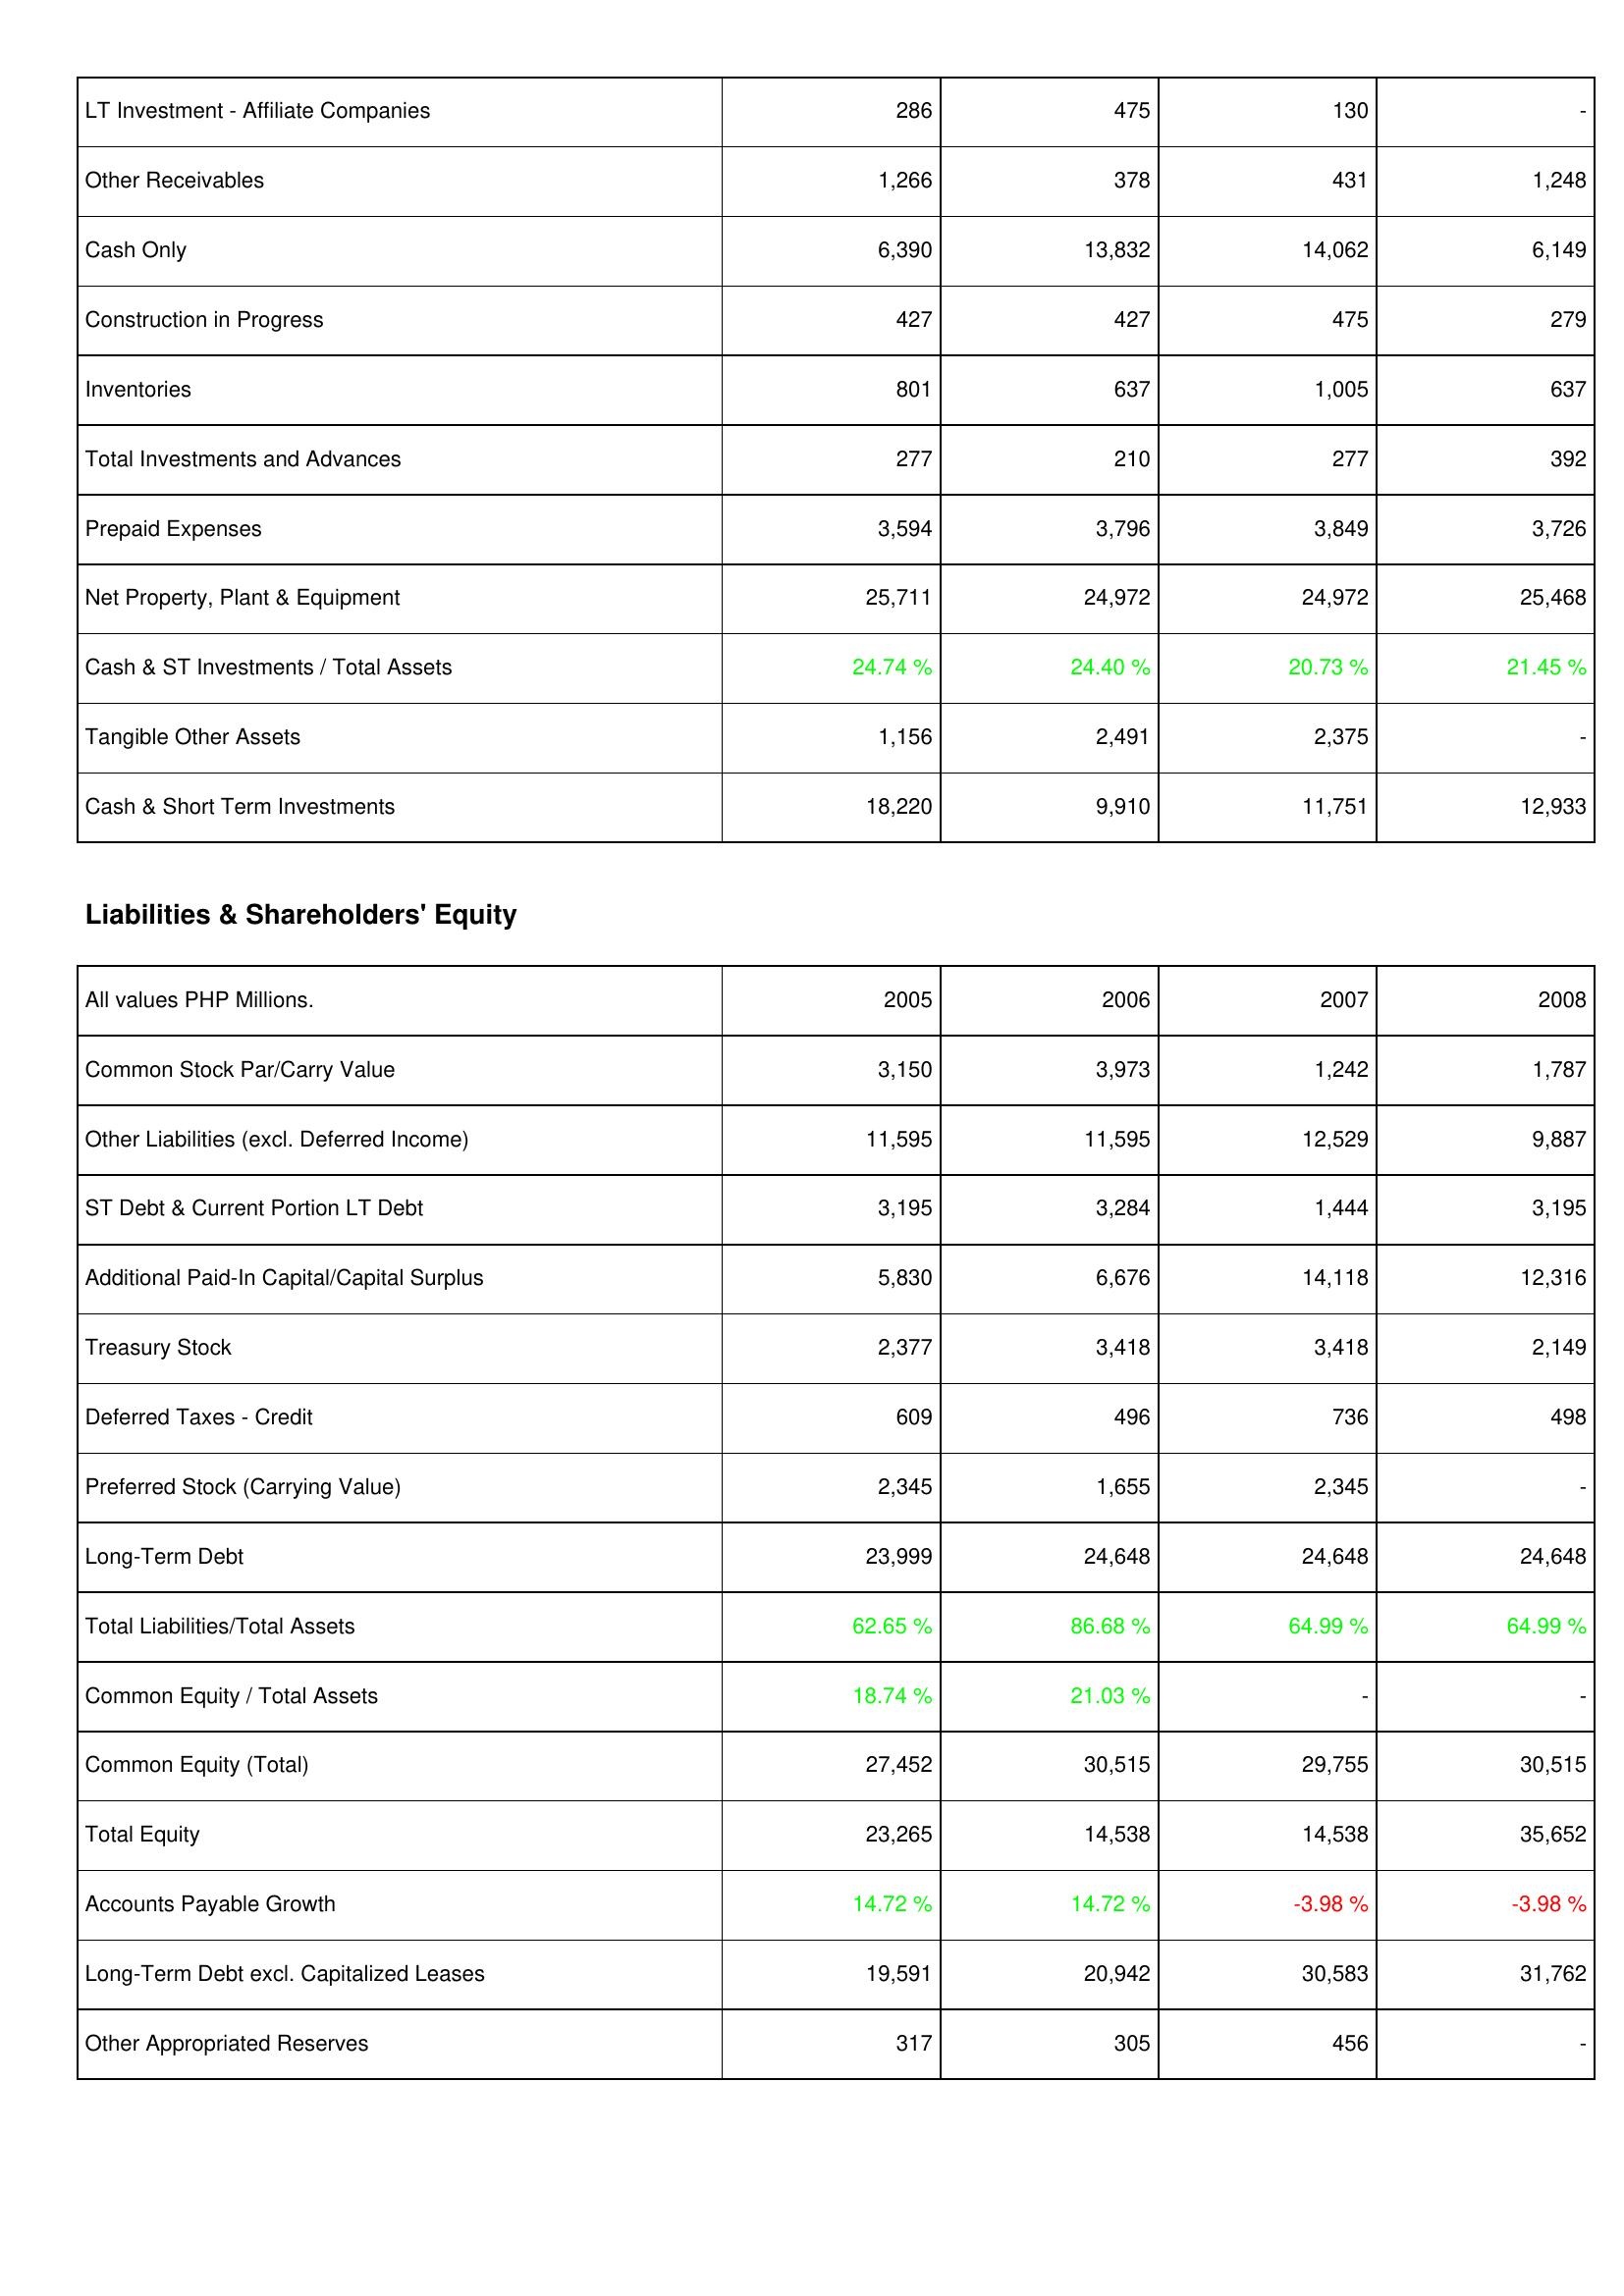
2005: Assets: LT Investment - Affiliate Companies: 286
Other Receivables: 1,266
Cash Only: 6,390
Construction in Progress: 427
Inventories: 801
Total Investments and Advances: 277
Prepaid Expenses: 3,594
Net Property, Plant & Equipment: 25,711
Cash & ST Investments / Total Assets: 24.74 %
Tangible Other Assets: 1,156
Cash & Short Term Investments: 18,220
Liabilities & Shareholders' Equity: Common Stock Par/Carry Value: 3,150
Other Liabilities (excl. Deferred Income): 11,595
ST Debt & Current Portion LT Debt: 3,195
Additional Paid-In Capital/Capital Surplus: 5,830
Treasury Stock: 2,377
Deferred Taxes - Credit: 609
Preferred Stock (Carrying Value): 2,345
Long-Term Debt: 23,999
Total Liabilities/Total Assets: 62.65 %
Common Equity / Total Assets: 18.74 %
Common Equity (Total): 27,452
Total Equity: 23,265
Accounts Payable Growth: 14.72 %
Long-Term Debt excl. Capitalized Leases: 19,591
Other Appropriated Reserves: 317
2006: Assets: LT Investment - Affiliate Companies: 475
Other Receivables: 378
Cash Only: 13,832
Construction in Progress: 427
Inventories: 637
Total Investments and Advances: 210
Prepaid Expenses: 3,796
Net Property, Plant & Equipment: 24,972
Cash & ST Investments / Total Assets: 24.40 %
Tangible Other Assets: 2,491
Cash & Short Term Investments: 9,910
Liabilities & Shareholders' Equity: Common Stock Par/Carry Value: 3,973
Other Liabilities (excl. Deferred Income): 11,595
ST Debt & Current Portion LT Debt: 3,284
Additional Paid-In Capital/Capital Surplus: 6,676
Treasury Stock: 3,418
Deferred Taxes - Credit: 496
Preferred Stock (Carrying Value): 1,655
Long-Term Debt: 24,648
Total Liabilities/Total Assets: 86.68 %
Common Equity / Total Assets: 21.03 %
Common Equity (Total): 30,515
Total Equity: 14,538
Accounts Payable Growth: 14.72 %
Long-Term Debt excl. Capitalized Leases: 20,942
Other Appropriated Reserves: 305
2007: Assets: LT Investment - Affiliate Companies: 130
Other Receivables: 431
Cash Only: 14,062
Construction in Progress: 475
Inventories: 1,005
Total Investments and Advances: 277
Prepaid Expenses: 3,849
Net Property, Plant & Equipment: 24,972
Cash & ST Investments / Total Assets: 20.73 %
Tangible Other Assets: 2,375
Cash & Short Term Investments: 11,751
Liabilities & Shareholders' Equity: Common Stock Par/Carry Value: 1,242
Other Liabilities (excl. Deferred Income): 12,529
ST Debt & Current Portion LT Debt: 1,444
Additional Paid-In Capital/Capital Surplus: 14,118
Treasury Stock: 3,418
Deferred Taxes - Credit: 736
Preferred Stock (Carrying Value): 2,345
Long-Term Debt: 24,648
Total Liabilities/Total Assets: 64.99 %
Common Equity / Total Assets: -
Common Equity (Total): 29,755
Total Equity: 14,538
Accounts Payable Growth: -3.98 %
Long-Term Debt excl. Capitalized Leases: 30,583
Other Appropriated Reserves: 456
2008: Assets: LT Investment - Affiliate Companies: -
Other Receivables: 1,248
Cash Only: 6,149
Construction in Progress: 279
Inventories: 637
Total Investments and Advances: 392
Prepaid Expenses: 3,726
Net Property, Plant & Equipment: 25,468
Cash & ST Investments / Total Assets: 21.45 %
Tangible Other Assets: -
Cash & Short Term Investments: 12,933
Liabilities & Shareholders' Equity: Common Stock Par/Carry Value: 1,787
Other Liabilities (excl. Deferred Income): 9,887
ST Debt & Current Portion LT Debt: 3,195
Additional Paid-In Capital/Capital Surplus: 12,316
Treasury Stock: 2,149
Deferred Taxes - Credit: 498
Preferred Stock (Carrying Value): -
Long-Term Debt: 24,648
Total Liabilities/Total Assets: 64.99 %
Common Equity / Total Assets: -
Common Equity (Total): 30,515
Total Equity: 35,652
Accounts Payable Growth: -3.98 %
Long-Term Debt excl. Capitalized Leases: 31,762
Other Appropriated Reserves: -